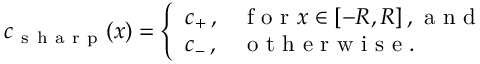
c _ { \mathrm { ~ s ~ h ~ a ~ r ~ p ~ } } ( x ) = \left\{ \begin{array} { l l } { c _ { + } \, , } & { \mathrm { ~ f ~ o ~ r ~ } x \in [ - R , R ] \, , \mathrm { ~ a ~ n ~ d ~ } } \\ { c _ { - } \, , } & { \mathrm { ~ o ~ t ~ h ~ e ~ r ~ w ~ i ~ s ~ e ~ } . } \end{array} \right.